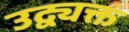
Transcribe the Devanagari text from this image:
उद्व्यक्त